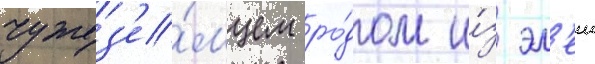
чужез'е́мцем ро́дом и́з эл'еи